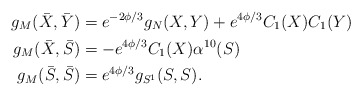
\begin{align*}g_M(\bar{X},\bar{Y})&=e^{-2\phi/3}g_N(X,Y)+e^{4\phi/3}C_1(X)C_1(Y)\\g_M(\bar{X},\bar{S})&=-e^{4\phi/3}C_1(X)\alpha^{10}(S)\\g_M(\bar{S},\bar{S})&=e^{4\phi/3}g_{S^1}(S,S).\end{align*}